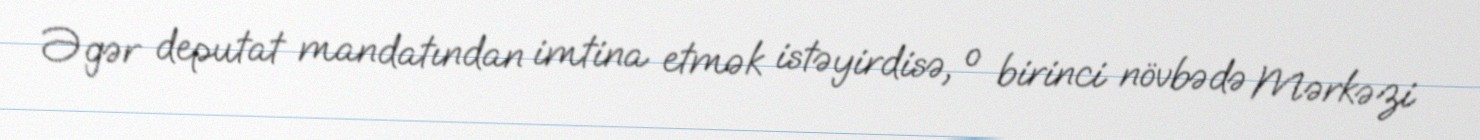
Əgər deputat mandatından imtina etmək istəyirdisə, o birinci növbədə Mərkəzi